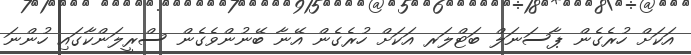
އަކަށް ހުރެގެން ޕާސަނަލް ބަޓްލަރ އަކަށް ހުރެގެން އޭނާ ބޭނުންވެގެން ސްރީލަންކާގައި ހުންނަ